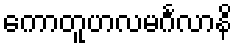
ကောတူဟလမင်္ဂလာနိ